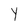
Character: Y